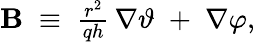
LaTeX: \begin{array}{r}{{\mathbf B}\; \equiv\; \frac{r^{2}}{qh}\, \nabla\vartheta\; +\; \nabla\varphi,}\end{array}